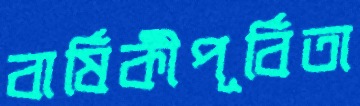
বার্ষিকীপূর্বিতা